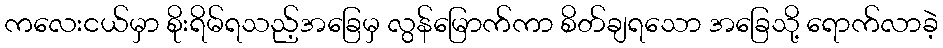
ကလေးငယ်မှာ စိုးရိမ်ရသည့်အခြေမှ လွန်မြောက်ကာ စိတ်ချရသော အခြေသို့ ရောက်လာခဲ့